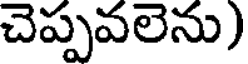
చెప్పవలెను)